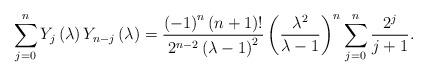
LaTeX: \begin{align*}\sum_{j=0}^{n}Y_{j}\left( \lambda \right) Y_{n-j}\left( \lambda \right) =\frac{\left( -1\right) ^{n}\left( n+1\right) !}{2^{n-2}\left( \lambda-1\right) ^{2}}\left( \frac{\lambda ^{2}}{\lambda -1}\right)^{n}\sum_{j=0}^{n}\frac{2^{j}}{j+1}. \end{align*}